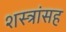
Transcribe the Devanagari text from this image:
शस्त्रांसह